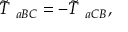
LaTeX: \tilde { T } _ { \; \; a B C } = - \tilde { T } _ { \; \; a C B } ,